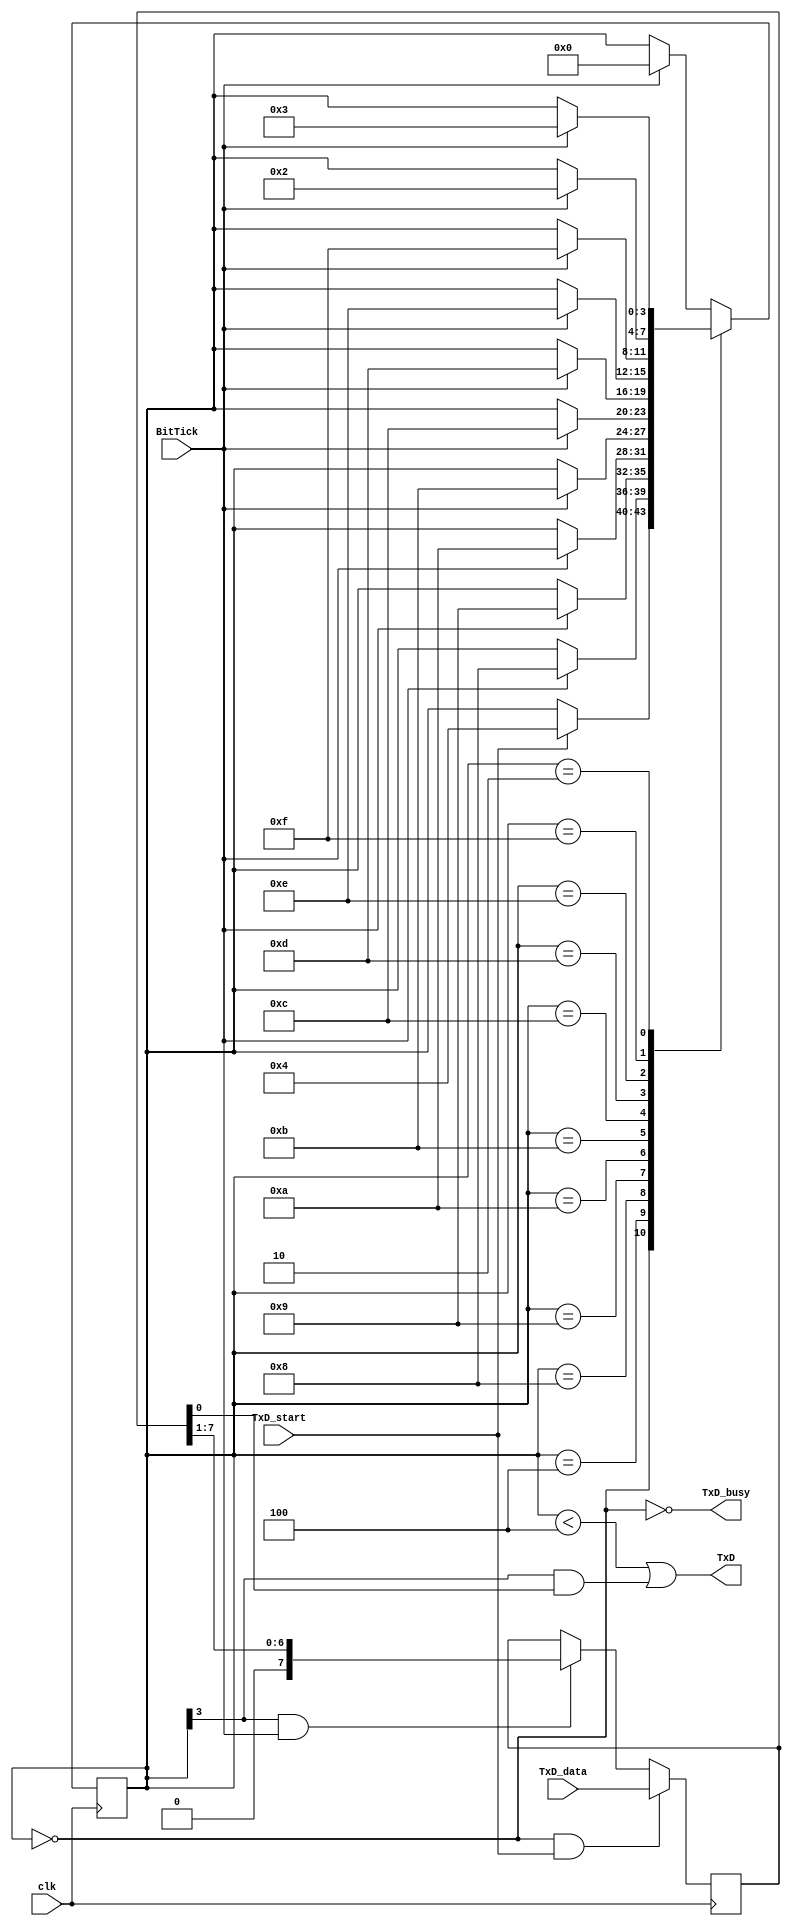
////////////////////////////////////////////////////////
// RS-232 RX and TX module
// (c) fpga4fun.com & KNJN LLC - 2003 to 2016

// The RS-232 settings are fixed
// TX: 8-bit data, 2 stop, no-parity
// RX: 8-bit data, 1 stop, no-parity (the receiver can accept more stop bits of course)

//`define SIMULATION   // in this mode, TX outputs one bit per clock cycle
                       // and RX receives one bit per clock cycle (for fast simulations)

////////////////////////////////////////////////////////
module async_transmitter(
	input clk,
	input BitTick,
	input TxD_start,
	input [7:0] TxD_data,
	output TxD,
	output TxD_busy
);

// Assert TxD_start for (at least) one clock cycle to start transmission of TxD_data
// TxD_data is latched so that it doesn't have to stay valid while it is being sent

parameter ClkFrequency = 25000000;	// 25MHz
parameter Baud = 115200;

generate
	if(ClkFrequency<Baud*8 && (ClkFrequency % Baud!=0)) ASSERTION_ERROR PARAMETER_OUT_OF_RANGE("Frequency incompatible with requested Baud rate");
endgenerate

////////////////////////////////
//`ifdef SIMULATION
//wire BitTick = 1'b1;  // output one bit per clock cycle
//`else
//wire BitTick;
//BaudTickGen #(ClkFrequency, Baud) tickgen(.clk(clk), .enable(TxD_busy), .tick(BitTick));
//`endif

reg [3:0] TxD_state = 0;
wire TxD_ready = (TxD_state==0);
assign TxD_busy = ~TxD_ready;

reg [7:0] TxD_shift = 0;
always @(posedge clk)
begin
	if(TxD_ready & TxD_start)
		TxD_shift <= TxD_data;
	else
	if(TxD_state[3] & BitTick)
		TxD_shift <= (TxD_shift >> 1);

	case(TxD_state)
		4'b0000: if(TxD_start) TxD_state <= 4'b0100;
		4'b0100: if(BitTick) TxD_state <= 4'b1000;  // start bit
		4'b1000: if(BitTick) TxD_state <= 4'b1001;  // bit 0
		4'b1001: if(BitTick) TxD_state <= 4'b1010;  // bit 1
		4'b1010: if(BitTick) TxD_state <= 4'b1011;  // bit 2
		4'b1011: if(BitTick) TxD_state <= 4'b1100;  // bit 3
		4'b1100: if(BitTick) TxD_state <= 4'b1101;  // bit 4
		4'b1101: if(BitTick) TxD_state <= 4'b1110;  // bit 5
		4'b1110: if(BitTick) TxD_state <= 4'b1111;  // bit 6
		4'b1111: if(BitTick) TxD_state <= 4'b0010;  // bit 7
		4'b0010: if(BitTick) TxD_state <= 4'b0011;  // stop1
		4'b0011: if(BitTick) TxD_state <= 4'b0000;  // stop2
		default: if(BitTick) TxD_state <= 4'b0000;
	endcase
end

assign TxD = (TxD_state<4) | (TxD_state[3] & TxD_shift[0]);  // put together the start, data and stop bits
endmodule